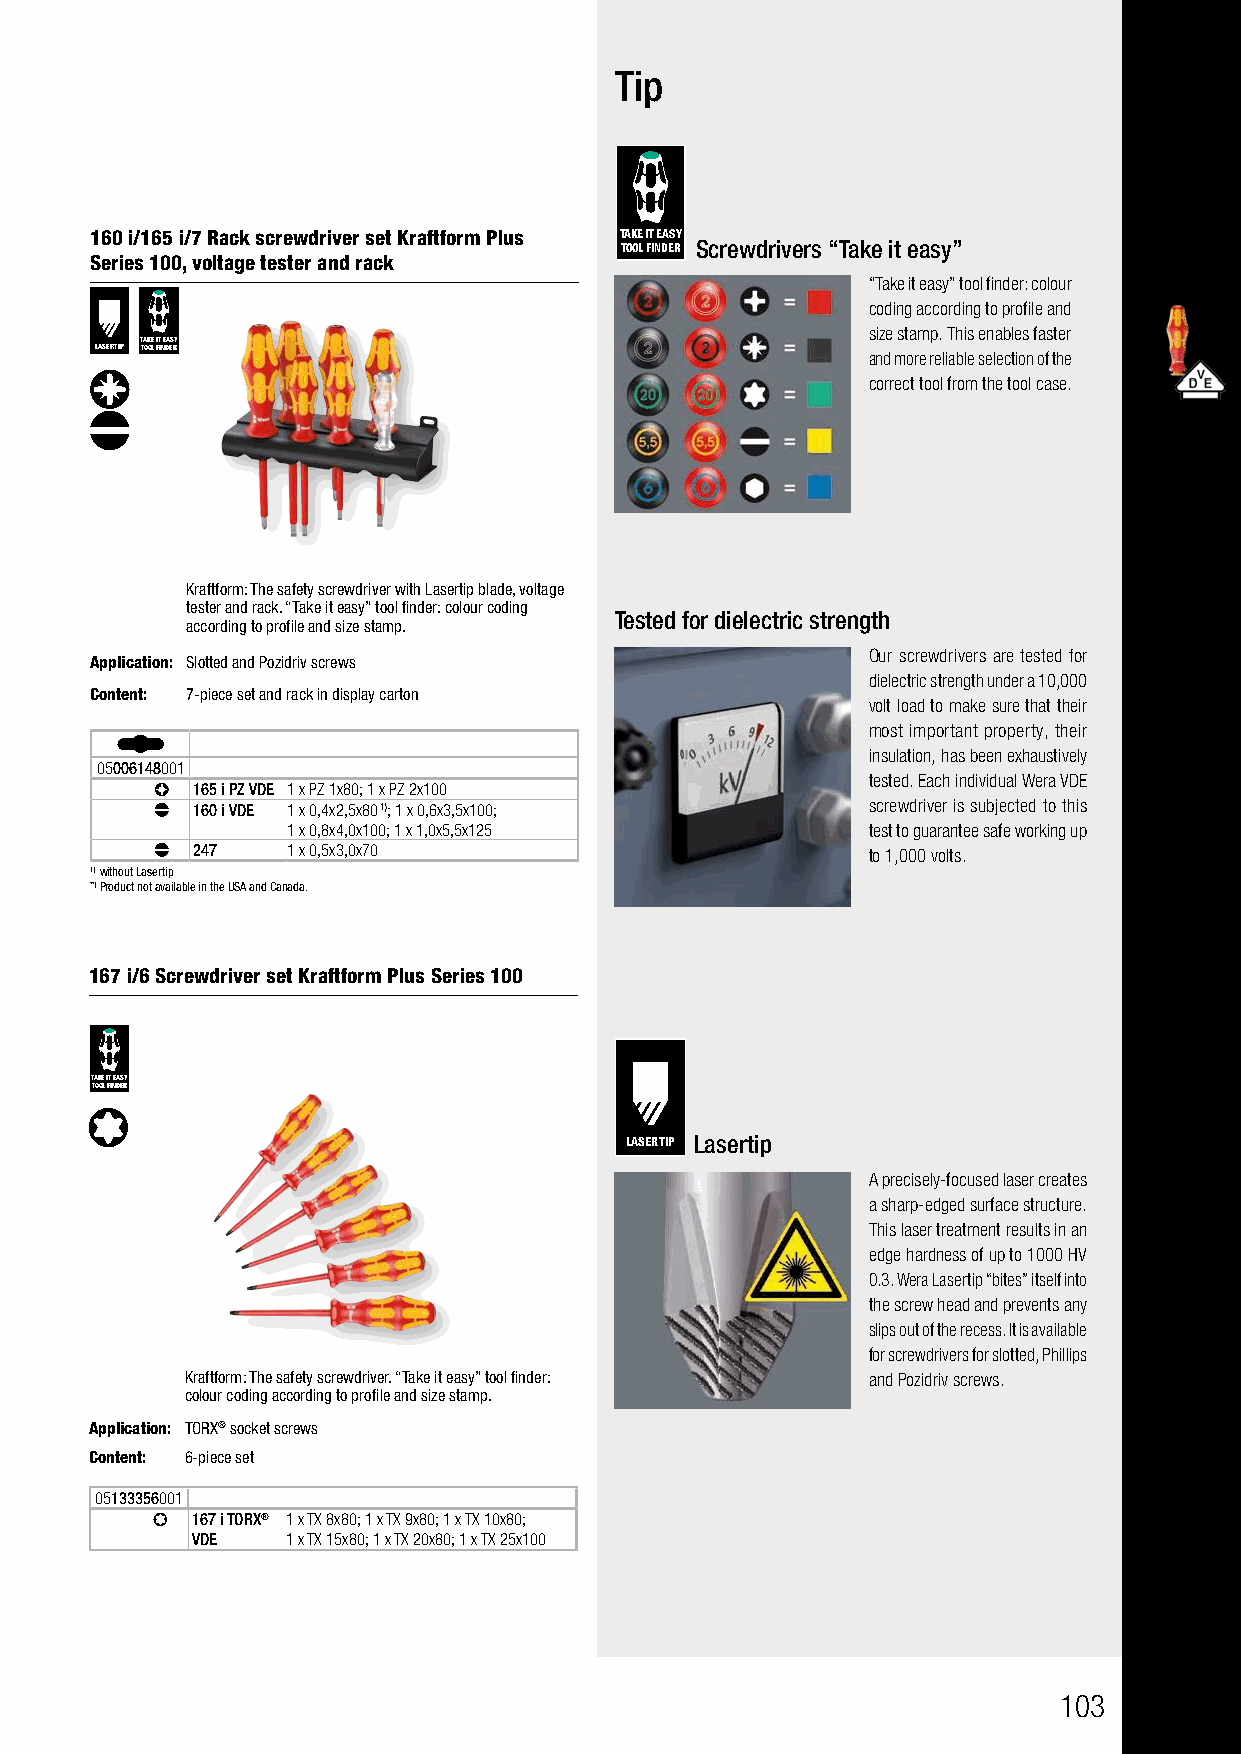
Tip
 160 i/165 i/7 Rack screwdriver set Kraftform Plus TAKE IT EASY
 TOOL FINDER Screwdrivers “Take it easy”
 Series 100, voltage tester and rack
 “Take it easy” tool finder: colour
 coding according to profile and
 size stamp. This enables faster
 TAKE IT EASY
 LASERTIP TOOL FINDER                               and more reliable selection of the
 correct tool from the tool case.
 Kraftform: The safety screwdriver with Lasertip blade, voltage
 tester and rack. “Take it easy” tool finder: colour coding
 Tested for dielectric strength
 according to profile and size stamp.
 Our screwdrivers are tested for
 Application: Slotted and Pozidriv screws
 dielectric strength under a 10,000
 Content: 7-piece set and rack in display carton
 volt load to make sure that their
 most important property, their
 insulation, has been exhaustively
 05006148001
 tested. Each individual Wera VDE
 165 i PZ VDE 1 x PZ 1x80; 1 x PZ 2x100
 160 i VDE 1 x 0,4x2,5x80 1); 1 x 0,6x3,5x100; screwdriver is subjected to this
 1 x 0,8x4,0x100; 1 x 1,0x5,5x125      test to guarantee safe working up
 247   1 x 0,5x3,0x70                        to 1,000 volts.
 1)without Lasertip
 **)Product not available in the USA and Canada.
 167 i/6 Screwdriver set Kraftform Plus Series 100
 TAKE IT EASY
 TOOL FINDER
 LASERTIP Lasertip
 A precisely-focused laser creates
 a sharp-edged surface structure.
 This laser treatment results in an
 edge hardness of up to 1000 HV
 0.3. Wera Lasertip “bites” itself into
 the screw head and prevents any
 slips out of the recess. It is available
 for screwdrivers for slotted, Phillips
 Kraftform: The safety screwdriver. “Take it easy” tool finder: and Pozidriv screws.
 colour coding according to profile and size stamp.
 Application: TORX® socket screws
 Content: 6-piece set
 05133356001
 167 i TORX® 1 x TX 8x80; 1 x TX 9x80; 1 x TX 10x80;
 VDE   1 x TX 15x80; 1 x TX 20x80; 1 x TX 25x100
 103